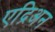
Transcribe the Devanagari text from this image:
एद्रिअन